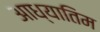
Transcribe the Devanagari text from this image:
आध्यातिम